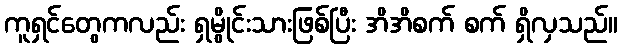
ကူရှင်တွေကလည်း ရှမွိုင်းသားဖြစ်ပြီး အိအိစက် စက် ရှိလှသည်။